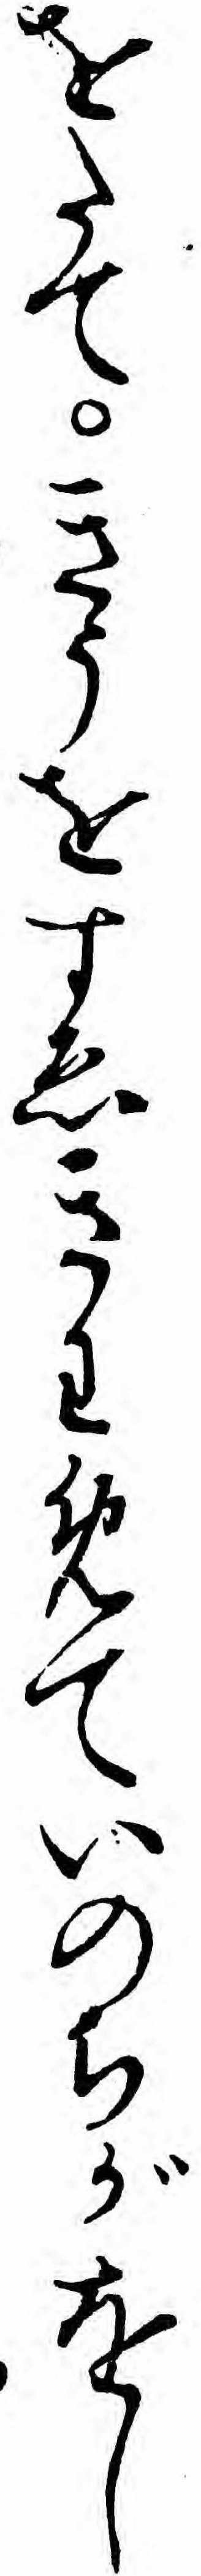
をたてきうをすゑきわめていのちがをし